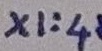
Text: X1:4